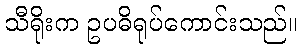
သီရိုးက ဥပဓိရုပ်ကောင်းသည်။